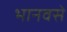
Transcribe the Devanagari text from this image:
भानवसे